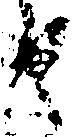
由